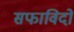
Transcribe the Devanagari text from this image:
सफाविदों